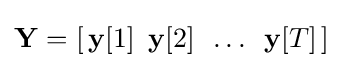
{\textstyle \mathbf {Y} =[\,\mathbf {y} [1]\,\ \mathbf {y} [2]\,\ \dots \,\ \mathbf {y} [T]\,]}